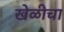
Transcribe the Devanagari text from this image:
खेळीचा